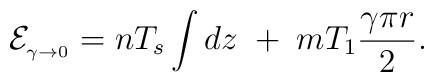
{\cal E}_{{}_{\gamma\to 0}}=nT_s\int dz\; +\; mT_1\frac{\gamma\pi r}{2}.